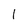
Character: 1